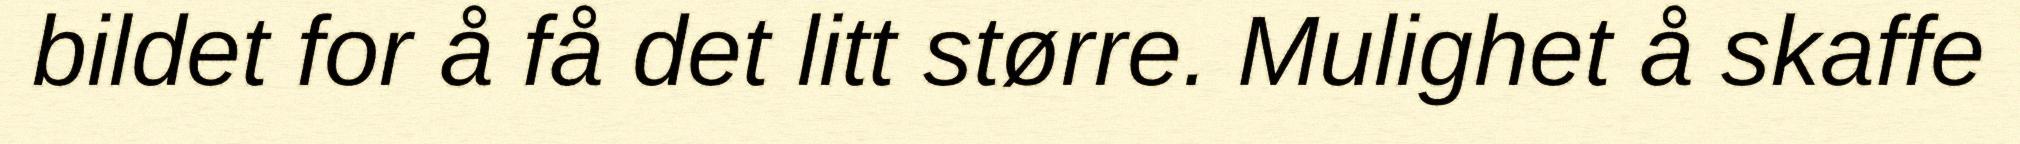
bildet for å få det litt større. Mulighet å skaffe